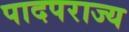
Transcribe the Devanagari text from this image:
पादपराज्य